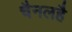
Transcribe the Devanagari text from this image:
चैनलहै